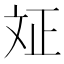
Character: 𭤗